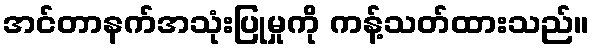
အင်တာနက်အသုံးပြုမှုကို ကန့်သတ်ထားသည်။